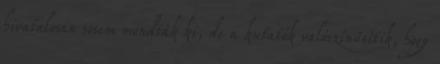
hivatalosan sosem mondták ki, de a kutatók valószínűsítik, hogy